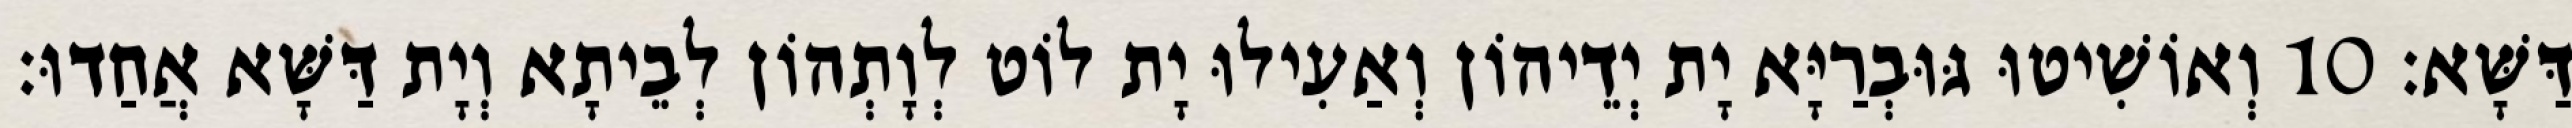
דַּשָּׁא׃ 10 וְאוֹשִׁיטוּ גּוּבְרַיָּא יָת יְדֵיהוֹן וְאַעִילוּ יָת לוֹט לְוָתְהוֹן לְבֵיתָא וְיָת דַּשָּׁא אֲחַדוּ׃